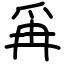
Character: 爯